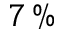
7 \, \%